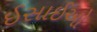
ઈસાઈઓ